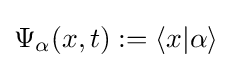
\Psi _{\alpha }(x,t):=\langle x|\alpha \rangle